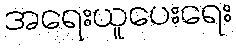
အရေးယူပေးရေး